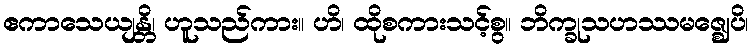
ဧကာသေယျန္တိ၊ ဟူသည်ကား။ ဟိ၊ ထိုစကားသင့်စွ။ ဘိက္ခုသဟဿမဇ္ဈေပိ၊